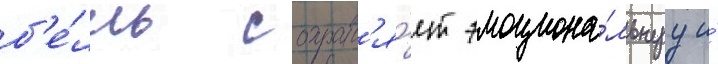
б'е́лль сохран'я́ет эмоциона́льнуу и́